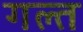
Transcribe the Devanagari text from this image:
गल्त